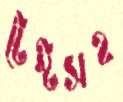
টেস্টসহ